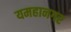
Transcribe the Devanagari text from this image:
यमहानगर